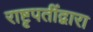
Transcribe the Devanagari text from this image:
राष्टृपतींद्वारा